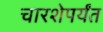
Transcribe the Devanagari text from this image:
चारशेपर्यंत